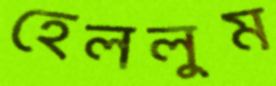
হেললুম